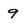
Character: 9